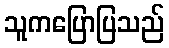
သူကပြောပြသည်